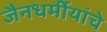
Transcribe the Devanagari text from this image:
जैनधर्मीयांचे